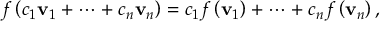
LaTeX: f \left( c _ { 1 } \mathbf { v } _ { 1 } + \cdots + c _ { n } \mathbf { v } _ { n } \right) = c _ { 1 } f \left( \mathbf { v } _ { 1 } \right) + \cdots + c _ { n } f \left( \mathbf { v } _ { n } \right) ,